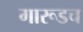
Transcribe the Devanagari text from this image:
गारूडच